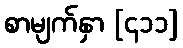
စာမျက်နှာ [၄၁၁]